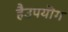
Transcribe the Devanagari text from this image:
हैउपयॊग